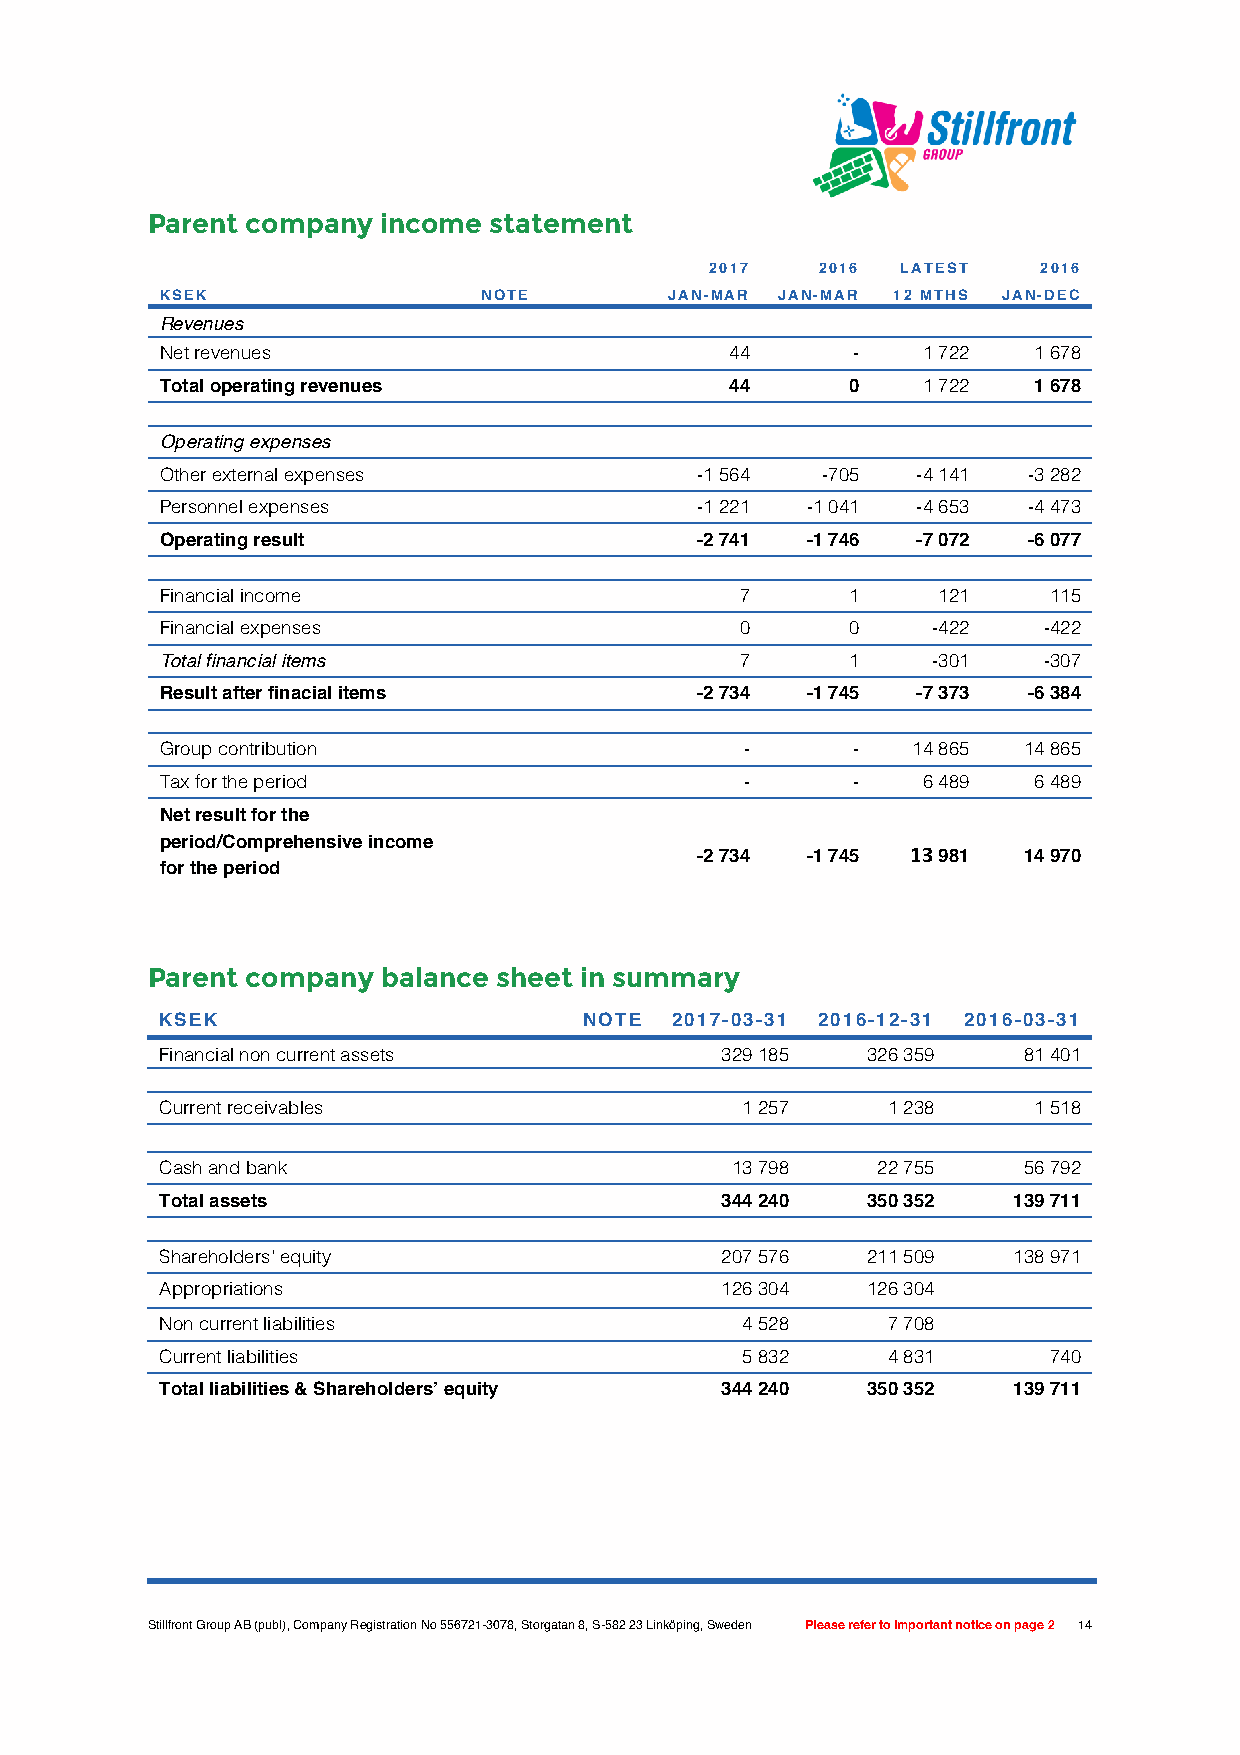
Parent company income statement
 2017   2016  LATEST   2016
 KSEK                 NOTE        JAN-MAR JAN-MAR 12 MTHS JAN-DEC
 Revenues
 Net revenues                         44      -    1 722  1 678
 Total operating revenues             44      0    1 722  1 678
 Operating expenses
 Other external expenses            -1 564  -705   -4 141 -3 282
 Personnel expenses                 -1 221 -1 041  -4 653 -4 473
 Operating result                   -2 741 -1 746  -7 072 -6 077
 Financial income                      7      1     121    115
 Financial expenses                    0      0     -422   -422
 Total financial items                 7      1     -301   -307
 Result after finacial items        -2 734 -1 745  -7 373 -6 384
 Group contribution                    -      -   14 865  14 865
 Tax for the period                    -      -    6 489  6 489
 Net result for the
 period/Comprehensive income
 -2 734 -1 745 13 981  14 970
 for the period
 Parent company balance sheet in summary
 KSEK                        NOTE  2017-03-31 2016-12-31 2016-03-31
 Financial non current assets         329 185  326 359    81 401
 Current receivables                   1 257     1 238    1 518
 Cash and bank                        13 798    22 755    56 792
 Total assets                         344 240  350 352   139 711
 Shareholders' equity                 207 576  211 509   138 971
 Appropriations                       126 304  126 304
 Non current liabilities               4 528     7 708
 Current liabilities                   5 832     4 831     740
 Total liabilities & Shareholders’ equity 344 240 350 352 139 711
 Stillfront Group AB (publ), Company Registration No 556721-3078, Storgatan 8, S-582 23 Linköping, Sweden Please refer to important notice on page 2 14